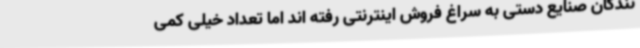
نندگان صنایع دستی به سراغ فروش اینترنتی رفته اند اما تعداد خیلی کمی